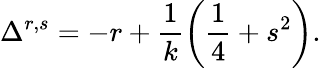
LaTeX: \Delta^{r,s}=-r+\frac 1k\left(\frac 14+s^{2}\right).